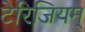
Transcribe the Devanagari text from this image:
टेरिजियम्